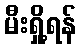
မီးရှို့ရန်